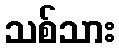
သစ်သား